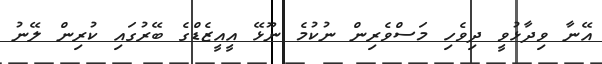
އޭނާ ވިދާޅުވީ ދިވެހި މަސްވެރިން ނުކުމެ ނޫޅޭ އީއީޒެޑްގެ ބޭރުގައި ކުރިން ލޭނު